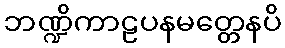
ဘဏ္ဍိကာဠပနမတ္တေနပိ